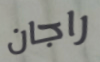
راجان